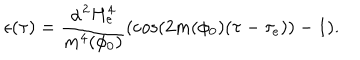
\epsilon ( \tau ) = \frac { \alpha ^ { 2 } H _ { e } ^ { 4 } } { m ^ { 4 } ( \phi _ { 0 } ) } ( \cos ( 2 m ( \phi _ { 0 } ) ( \tau - \tau _ { e } ) ) - 1 ) .